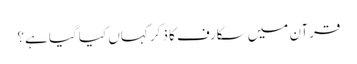
قرآن میں سکارف کا ذکر کہاں کیا گیا ہے؟